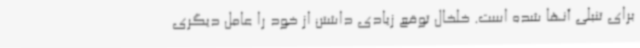
برای تنبلی آنها شده است. خلخال توقع زیادی داشتن از خود را عامل دیگری